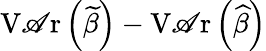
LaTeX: \operatorname{V\mathscr{A}r}\left({\widetilde{{\beta}}}\right)-\operatorname{V\mathscr{A}r}\left({\widehat{{\beta}}}\right)